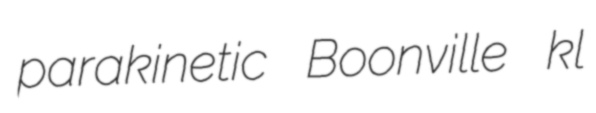
parakinetic Boonville kl